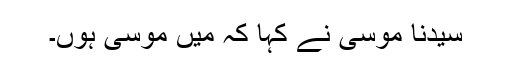
سیدنا موسیٰؑ نے کہا کہ میں موسیٰ ہوں۔